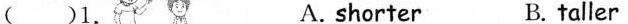
（）1. A. shorter B. taller